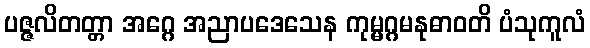
ပဇ္ဇလိတတ္တာ အဂ္ဂေ အညာပဒေသေန ကုမ္မဂ္ဂမနုဓာဝတိ ပံသုကူလံ